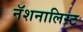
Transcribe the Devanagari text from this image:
नॅशनालिस्ट